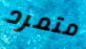
متمرد